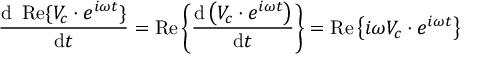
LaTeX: { \frac { \mathrm { d } \ \operatorname { R e } \{ V _ { c } \cdot e ^ { i \omega t } \} } { \mathrm { d } t } } = \operatorname { R e } \left\{ { \frac { \mathrm { d } \left( V _ { c } \cdot e ^ { i \omega t } \right) } { \mathrm { d } t } } \right\} = \operatorname { R e } \left\{ i \omega V _ { c } \cdot e ^ { i \omega t } \right\}